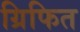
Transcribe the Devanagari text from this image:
ग्रिफित